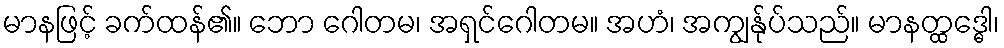
မာနဖြင့် ခက်ထန်၏။ ဘော ဂေါတမ၊ အရှင်ဂေါတမ။ အဟံ၊ အကျွန်ုပ်သည်။ မာနတ္ထဒ္ဓေါ၊